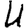
Digit: 4